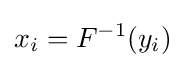
x_{i}=F^{-1}(y_{i})